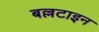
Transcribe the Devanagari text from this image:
बल्लटाइन